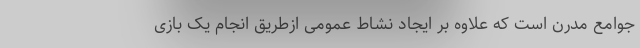
جوامع مدرن است که علاوه بر ایجاد نشاط عمومی ازطریق انجام یک بازی